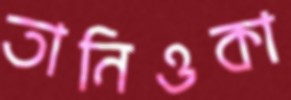
তানিওকা